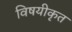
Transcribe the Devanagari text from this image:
विषयीकृत